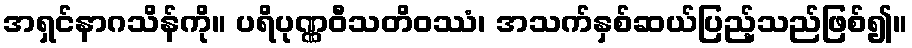
အရှင်နာဂသိန်ကို။ ပရိပုဏ္ဏဝီသတိဝဿံ၊ အသက်နှစ်ဆယ်ပြည့်သည်ဖြစ်၍။